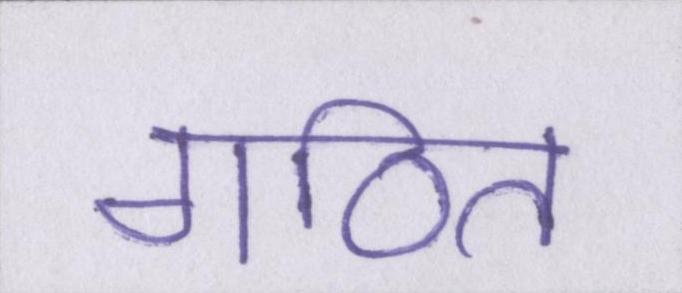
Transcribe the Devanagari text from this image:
गठित